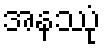
အနဿုံ